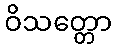
ဝိသတ္တော